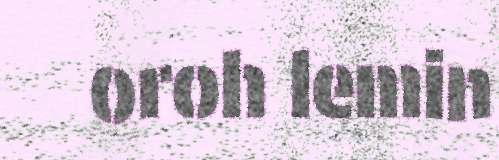
oroh lemin